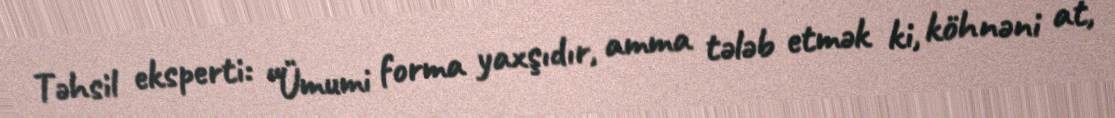
Təhsil eksperti: “Ümumi forma yaxşıdır, amma tələb etmək ki, köhnəni at,